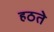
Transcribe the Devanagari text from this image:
हठते